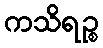
ကသိရဉ္စ